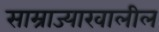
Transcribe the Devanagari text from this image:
साम्राज्याखालील